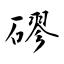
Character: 磟